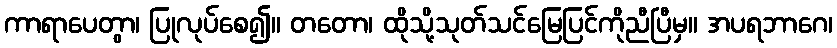
ကာရာပေတွာ၊ ပြုလုပ်စေ၍။ တတော၊ ထိုသို့သုတ်သင်မြေပြင်ကိုညီပြီမှ။ အပရဘာဂေ၊